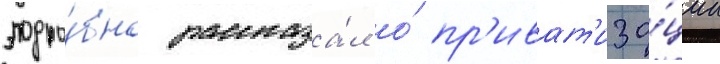
подро́бно рассказа́л о́ пр'иват'иза́ции